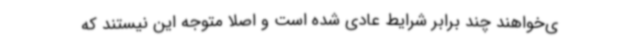
ی‌خواهند چند برابر شرایط عادی شده است و اصلاً متوجه این نیستند که